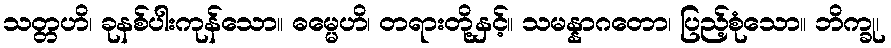
သတ္တဟိ၊ ခုနစ်ပါးကုန်သော။ ဓမ္မေဟိ၊ တရားတို့နှင့်။ သမန္နာဂတော၊ ပြည့်စုံသော။ ဘိက္ခု၊